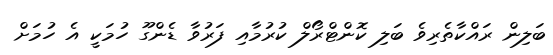
ބަލިން ރައްކާތެރިވެ ބަލި ކޮންޓްރޯލް ކުރުމާއި ފަރުވާ ޑެންގޫ ހުމަކީ އެ ހުމަށް